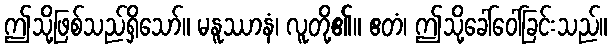
ဤသို့ဖြစ်သည်ရှိသော်။ မနူဿာနံ၊ လူတို့၏။ ဧတံ၊ ဤသို့ခေါ်ဝေါ်ခြင်းသည်။